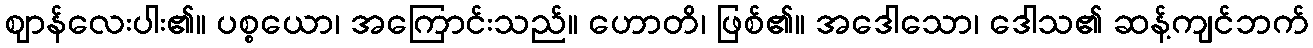
ဈာန်လေးပါး၏။ ပစ္စယော၊ အကြောင်းသည်။ ဟောတိ၊ ဖြစ်၏။ အဒေါသော၊ ဒေါသ၏ ဆန့်ကျင်ဘက်